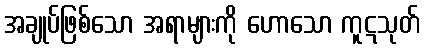
အချုပ်ဖြစ်သော အရာများကို ဟောသော ကူဋသုတ်